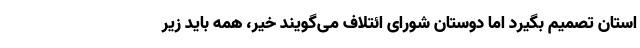
استان تصمیم بگیرد اما دوستان شورای ائتلاف می‌گویند خیر، همه باید زیر